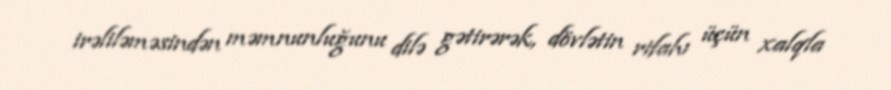
irəliləməsindən məmnunluğunu dilə gətirərək, dövlətin rifahı üçün xalqla